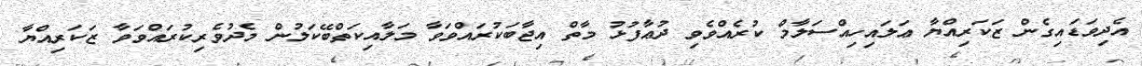
އެދިވަޑައިގެން ޒަކަރިއްޔާ ޢަލައިހިއްސަލާމް ކުރެއްވެވި ދުޢާފުޅު މާތް އިޖާބަކުރައްވަވާ މަލާއިކަތްބޭކަލުން މެދުވެރިކުރައްވަވާ ޒަކަރިއްޔާ